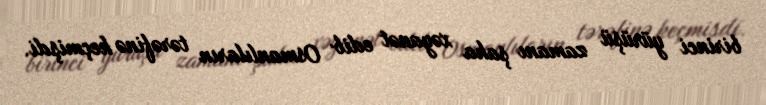
birinci yürüşü zamanı şaha xəyanət edib Osmanlıların tərəfinə keçmişdi.